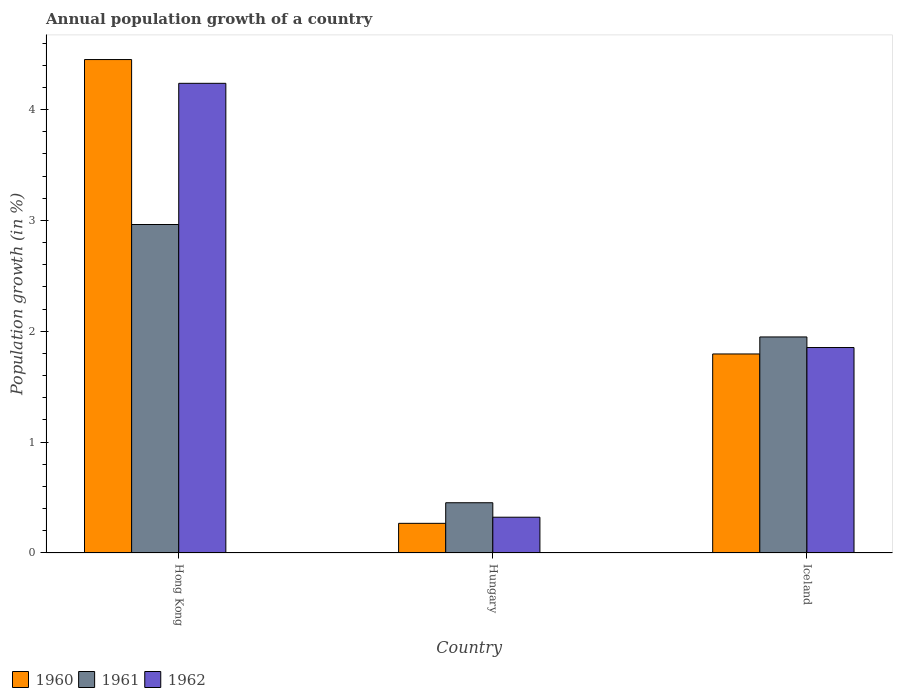
| Country | 1960 | 1961 | 1962 |
 | --- | --- | --- | --- |
 | Hong Kong | 4.45 | 2.96 | 4.24 |
 | Hungary | 0.268 | 0.453 | 0.323 |
 | Iceland | 1.8 | 1.95 | 1.85 |